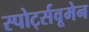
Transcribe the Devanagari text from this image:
स्पोर्ट्सवूमेन